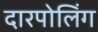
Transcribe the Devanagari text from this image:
दारपोलिंग